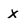
Character: x